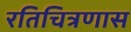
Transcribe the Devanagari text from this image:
रतिचित्रणास